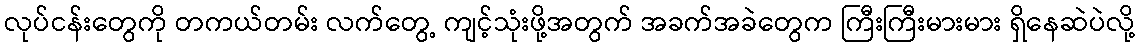
လုပ်ငန်းတွေကို တကယ်တမ်း လက်တွေ့ ကျင့်သုံးဖို့အတွက် အခက်အခဲတွေက ကြီးကြီးမားမား ရှိနေဆဲပဲလို့